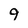
Character: 9